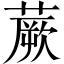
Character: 蕨